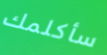
سأكلمك